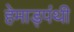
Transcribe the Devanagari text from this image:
हेमाड्पंथी